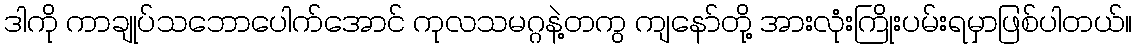
ဒါကို ကာချုပ်သဘောပေါက်အောင် ကုလသမဂ္ဂနဲ့တကွ ကျနော်တို့ အားလုံးကြိုးပမ်းရမှာဖြစ်ပါတယ်။